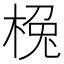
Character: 㭸